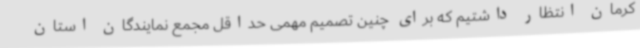
کرمان انتظار داشتیم که برای چنین تصمیم مهمی حداقل مجمع نمایندگان استان